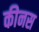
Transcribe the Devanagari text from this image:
कीनस